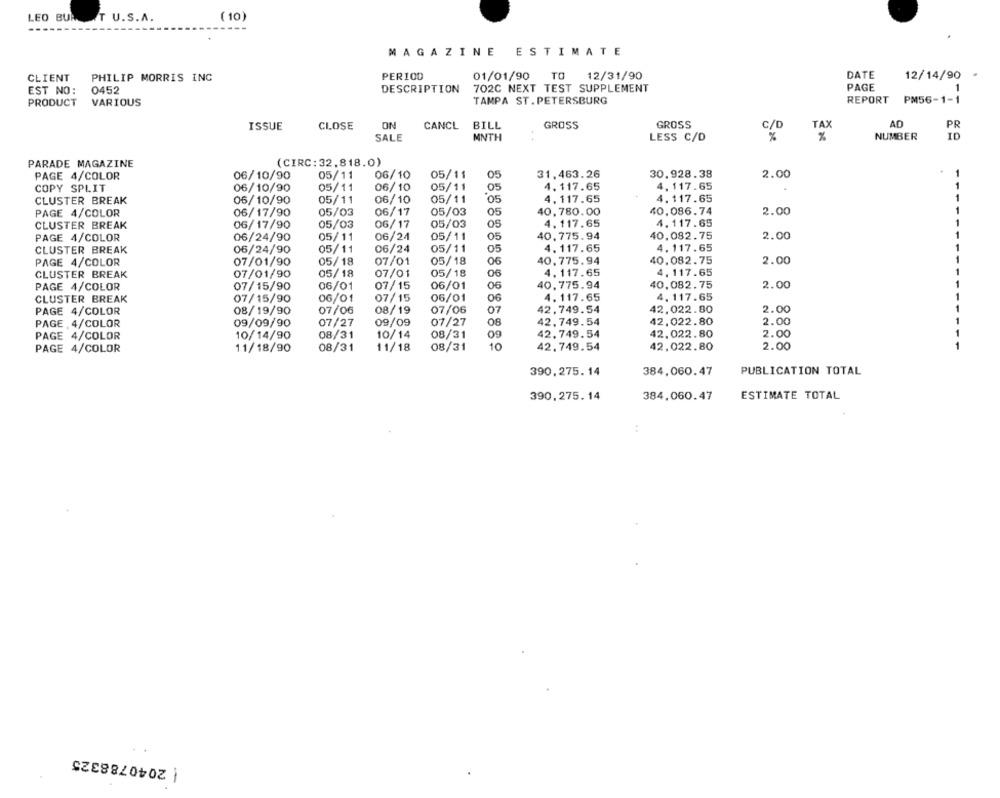
(10)
LEO BURET U.S.A.
MAGAZINE ESTIMATE
CLIENT
PHILIP MORRIS INC
PER100
01/01/90 TO
12/31/90
DATE
12/14/90
DESCRIPTION
702C NEXT TEST SUPPLEMENT
PAGE
1
EST NO: 0452
PRODUCT
VARIOUS
TAMPA ST. PETERSBURG
REPORT PM56-1-1
ISSUE
CLOSE
ON
CANCL BILL
GROSS
GROSS
C/D
TAX
AD
PR
SALE
MNTH
%
NUMBER
ID
LESS C/D
%
PARADE MAGAZINE
(CIRC: 32,818.0)
PAGE 4/COLOR
06/10/90
05/11
06/10
05/11
05
31,463.26
30.928.38
2.00
COPY SPLIT
06/10/90
05/11
06/10
05/11
.05
4. 117.65
4, 117.65
CLUSTER BREAK
06/10/90
05/11
06/10
05/11
'05
4.117.65
4.117.65
PAGE 4/COLOR
06/17/90
05/03
06/17
05/03
05
40,780.00
40.086.74
2.00
06/17/90
06/17
05/03
4.117.65
4.117.65
CLUSTER BREAK
05/03
05
PAGE 4/COLOR
06/24/90
05/11
06/24
05/11
05
40,775.94
40.082.75
2.00
06/24
05/11
05
4.117.65
4. 117.65
CLUSTER BREAK
06/24/90
05/11
PAGE 4/COLOR
07/01/90
05/18
07/01
05/18
06
40,775.94
40.082.75
2.00
4.117.65
CLUSTER BREAK
07/01/90
05/18
07/01
05/18
06
4. 117.65
PAGE 4/COLOR
07/15/90
06/01
07/15
06/01
06
40,775.94
40.082.75
2.00
4. 117.65
CLUSTER BREAK
07/15/90
06/01
07/15
06/01
06
4.117.65
PAGE 4/COLOR
08/19/90
07/06
08/19
07/06
07
42.749.54
42.022.80
2.00
PAGE , 4/COLOR
09/09/90
07/27
09/09
07/27
08
42,749.54
42,022.80
2.00
PAGE 4/COLOR
10/14/90
08/31
10/14
08/31
42.749.54
42.022.80
2.00
PAGE 4/COLOR
11/18/90
08/31
11/18
08/31
10
42.749.54
42,022.80
2.00
390,275.14
384,060.47
PUBLICATION TOTAL
390,275. 14
384,060.47
ESTIMATE TOTAL
:
| 2040788325